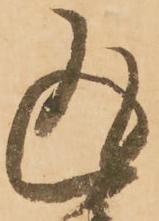
返